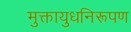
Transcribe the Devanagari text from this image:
मुक्तायुधनिरूपण